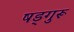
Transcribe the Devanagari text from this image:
षड्गुरू